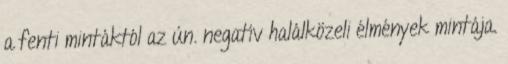
a fenti mintáktól az ún. negatív halálközeli élmények mintája.